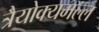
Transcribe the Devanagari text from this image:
त्रैयोक्यमल्ल